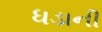
ધડાની